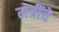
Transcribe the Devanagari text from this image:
मंत्रींचे